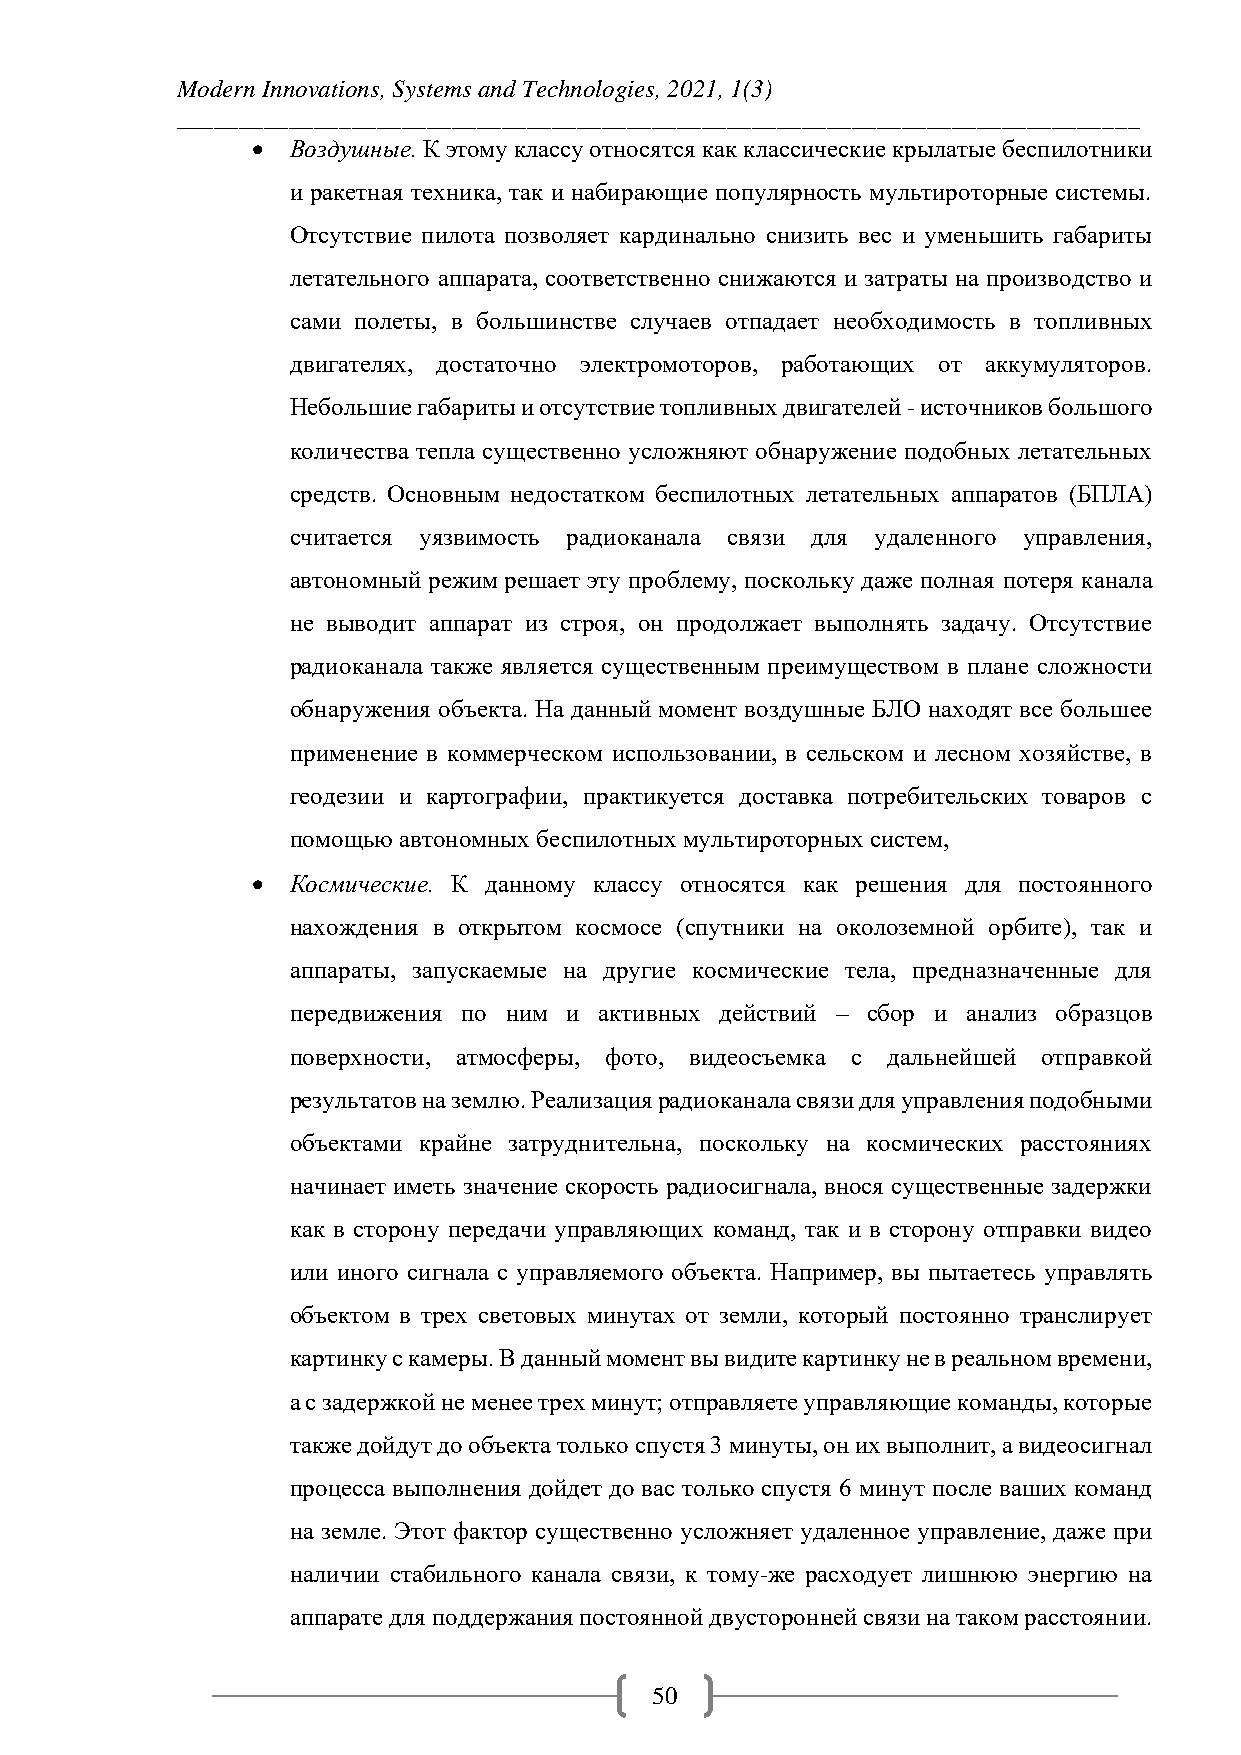
Modern Innovations, Systems and Technologies, 2021, 1(3)
 _____________________________________________________________________________
 • Воздушные. К этому классу относятся как классические крылатые беспилотники
 и ракетная техника, так и набирающие популярность мультироторные системы.
 Отсутствие пилота позволяет кардинально снизить вес и уменьшить габариты
 летательного аппарата, соответственно снижаются и затраты на производство и
 сами полеты, в большинстве случаев отпадает необходимость в топливных
 двигателях, достаточно электромоторов, работающих от аккумуляторов.
 Небольшие габариты и отсутствие топливных двигателей - источников большого
 количества тепла существенно усложняют обнаружение подобных летательных
 средств. Основным недостатком беспилотных летательных аппаратов (БПЛА)
 считается уязвимость радиоканала связи для удаленного управления,
 автономный режим решает эту проблему, поскольку даже полная потеря канала
 не выводит аппарат из строя, он продолжает выполнять задачу. Отсутствие
 радиоканала также является существенным преимуществом в плане сложности
 обнаружения объекта. На данный момент воздушные БЛО находят все большее
 применение в коммерческом использовании, в сельском и лесном хозяйстве, в
 геодезии и картографии, практикуется доставка потребительских товаров с
 помощью автономных беспилотных мультироторных систем,
 • Космические. К данному классу относятся как решения для постоянного
 нахождения в открытом космосе (спутники на околоземной орбите), так и
 аппараты, запускаемые на другие космические тела, предназначенные для
 передвижения по ним и активных действий – сбор и анализ образцов
 поверхности, атмосферы, фото, видеосъемка с дальнейшей отправкой
 результатов на землю. Реализация радиоканала связи для управления подобными
 объектами крайне затруднительна, поскольку на космических расстояниях
 начинает иметь значение скорость радиосигнала, внося существенные задержки
 как в сторону передачи управляющих команд, так и в сторону отправки видео
 или иного сигнала с управляемого объекта. Например, вы пытаетесь управлять
 объектом в трех световых минутах от земли, который постоянно транслирует
 картинку с камеры. В данный момент вы видите картинку не в реальном времени,
 а с задержкой не менее трех минут; отправляете управляющие команды, которые
 также дойдут до объекта только спустя 3 минуты, он их выполнит, а видеосигнал
 процесса выполнения дойдет до вас только спустя 6 минут после ваших команд
 на земле. Этот фактор существенно усложняет удаленное управление, даже при
 наличии стабильного канала связи, к тому-же расходует лишнюю энергию на
 аппарате для поддержания постоянной двусторонней связи на таком расстоянии.
 50